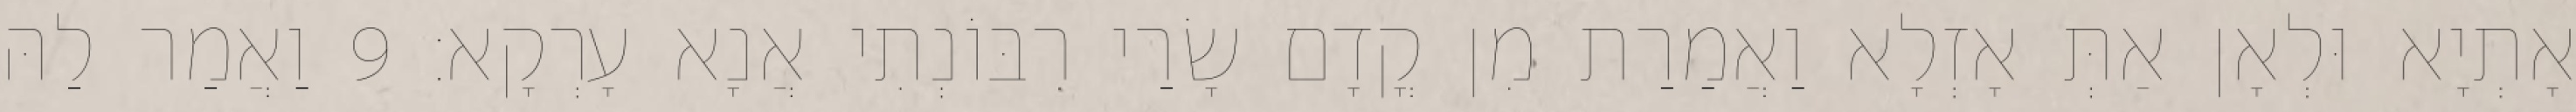
אָתְיָא וּלְאָן אַתְּ אָזְלָא וַאֲמַרַת מִן קֳדָם שָׂרַי רִבּוֹנְתִי אֲנָא עָרְקָא׃ 9 וַאֲמַר לַהּ